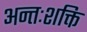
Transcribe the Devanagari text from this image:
अन्तःशक्ति